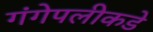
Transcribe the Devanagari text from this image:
गंगेपलीकडे